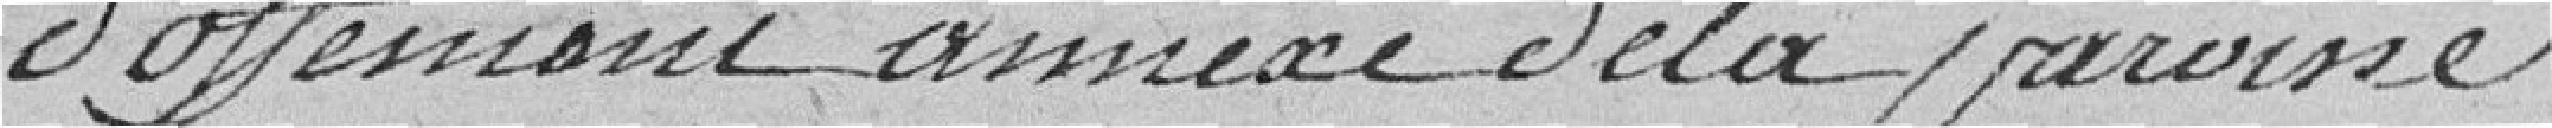
d'Offermont annexe de la paroisse